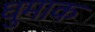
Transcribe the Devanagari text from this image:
घुमाक